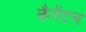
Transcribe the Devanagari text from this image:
कैरेंटन